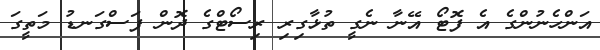
އަންހެނުންގެ އެ ފޮޓޯ އޭނާ ނެގީ ތުޅާގިރި ރިސޯޓްގެ ދޮން ފަސްގަނޑު މަތީގަ